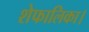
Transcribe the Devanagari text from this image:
शेफालिका।